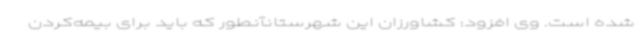
شده است. وی افزود: کشاورزان این شهرستانآنطور که باید برای بیمه‌کردن